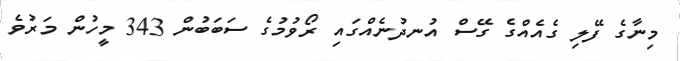
މިނާގެ ފޭލި ގެއެއްގެ ގޭސް އުނދުނެއްގައި ރޯވުމުގެ ސަބަބުން 343 މީހުން މަރުވެ